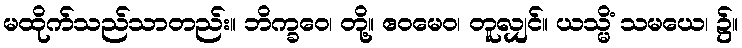
မထိုက်သည်သာတည်း။ ဘိက္ခဝေ၊ တို့။ ဧဝမေဝ၊ တူလျှင်။ ယသ္မိံ သမယေ၊ ၌။